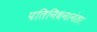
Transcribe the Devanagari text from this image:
पतिनिधनानंतर